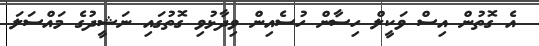
އެ ގޮތުން އިސް ވަކީލް ހިސާން ހުސެއިން ވިދާޅުވި ގޮތުގައި ނަޝީދުގެ މައްސަލަ